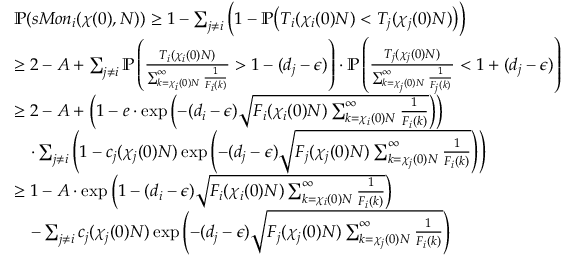
\begin{array} { r l } & { \mathbb { P } ( s M o n _ { i } ( \chi ( 0 ) , N ) ) \ge 1 - \sum _ { j \ne i } \Big ( 1 - \mathbb { P } \big ( T _ { i } ( \chi _ { i } ( 0 ) N ) < T _ { j } ( \chi _ { j } ( 0 ) N ) \big ) \Big ) } \\ & { \ge 2 - A + \sum _ { j \ne i } \mathbb { P } \left( \frac { T _ { i } ( \chi _ { i } ( 0 ) N ) } { \sum _ { k = \chi _ { i } ( 0 ) N } ^ { \infty } \frac { 1 } { F _ { i } ( k ) } } > 1 - ( d _ { j } - \epsilon ) \right) \cdot \mathbb { P } \left( \frac { T _ { j } ( \chi _ { j } ( 0 ) N ) } { \sum _ { k = \chi _ { j } ( 0 ) N } ^ { \infty } \frac { 1 } { F _ { j } ( k ) } } < 1 + ( d _ { j } - \epsilon ) \right) } \\ & { \ge 2 - A + \left( 1 - e \cdot \exp \left( - ( d _ { i } - \epsilon ) \sqrt { F _ { i } ( \chi _ { i } ( 0 ) N ) \sum _ { k = \chi _ { i } ( 0 ) N } ^ { \infty } \frac { 1 } { F _ { i } ( k ) } } \right) \right) } \\ & { \quad \cdot \sum _ { j \ne i } \left( 1 - c _ { j } ( \chi _ { j } ( 0 ) N ) \exp \left( - ( d _ { j } - \epsilon ) \sqrt { F _ { j } ( \chi _ { j } ( 0 ) N ) \sum _ { k = \chi _ { j } ( 0 ) N } ^ { \infty } \frac { 1 } { F _ { i } ( k ) } } \right) \right) } \\ & { \ge 1 - A \cdot \exp \left( 1 - ( d _ { i } - \epsilon ) \sqrt { F _ { i } ( \chi _ { i } ( 0 ) N ) \sum _ { k = \chi _ { i } ( 0 ) N } ^ { \infty } \frac { 1 } { F _ { i } ( k ) } } \right) } \\ & { \quad - \sum _ { j \ne i } c _ { j } ( \chi _ { j } ( 0 ) N ) \exp \left( - ( d _ { j } - \epsilon ) \sqrt { F _ { j } ( \chi _ { j } ( 0 ) N ) \sum _ { k = \chi _ { j } ( 0 ) N } ^ { \infty } \frac { 1 } { F _ { i } ( k ) } } \right) } \end{array}